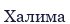
Халима